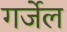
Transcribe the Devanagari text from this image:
गर्जेल